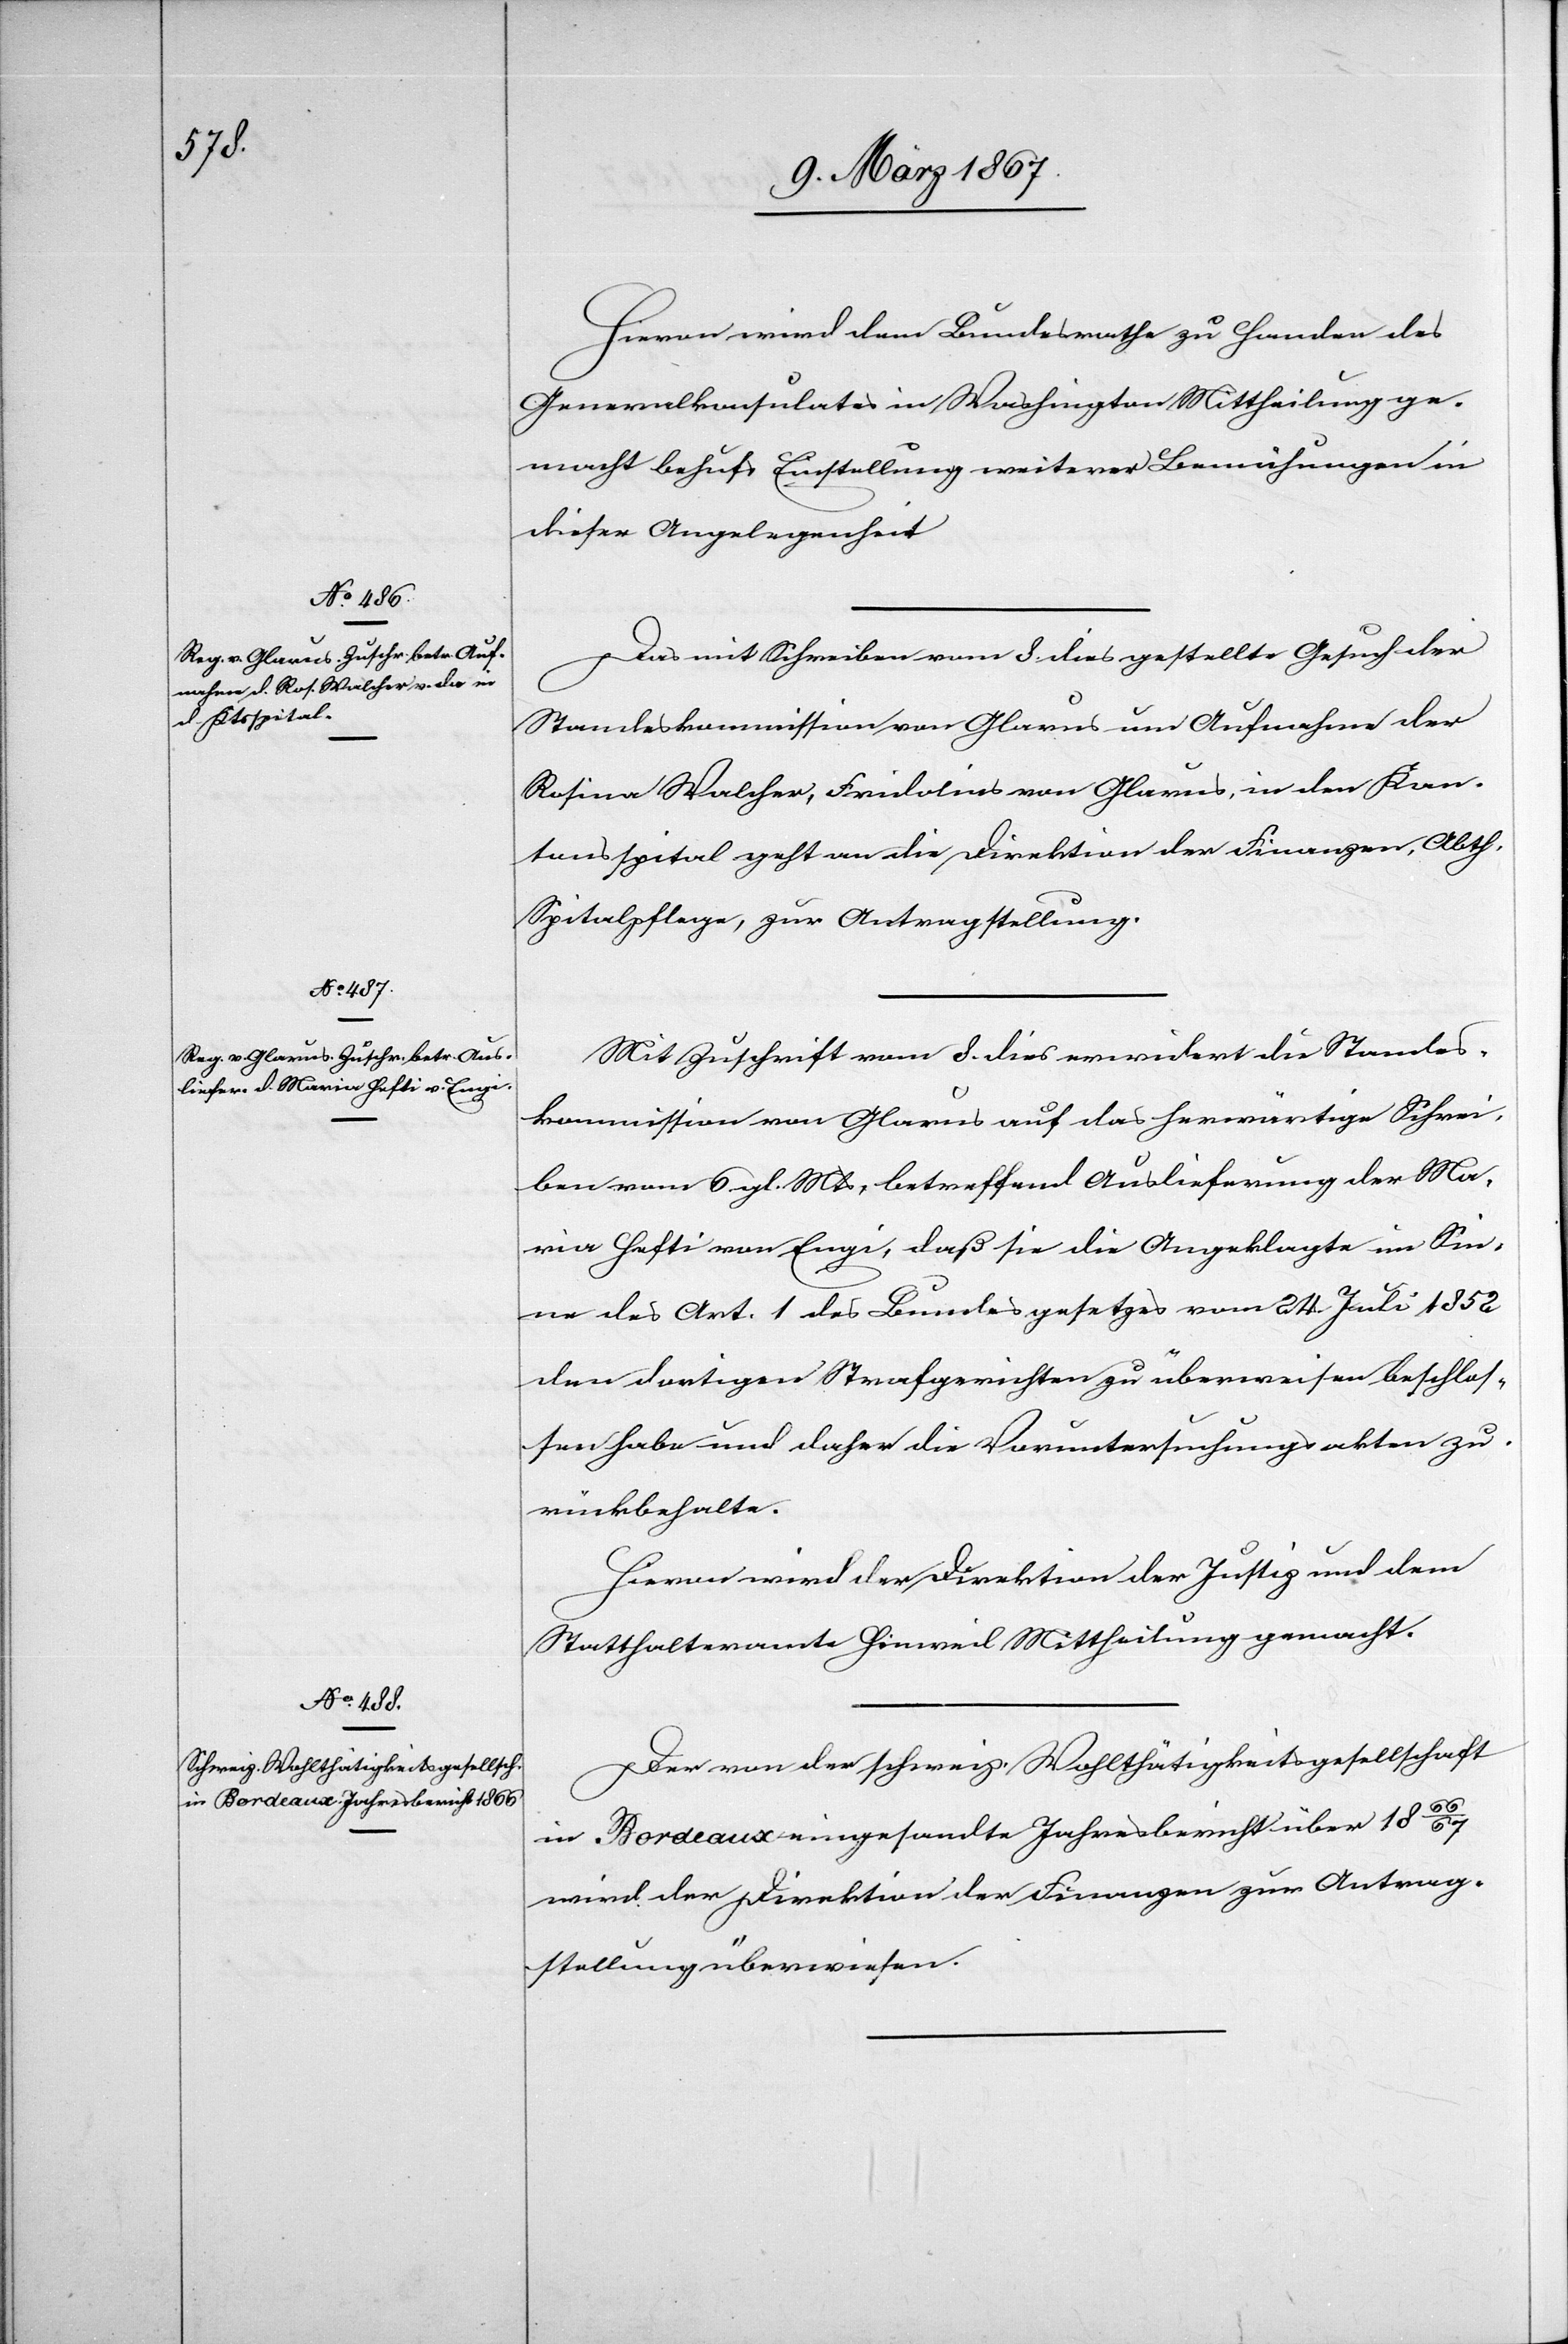
11. März 1867.]
Hievon wird dem Bundesrathe zu Handen des
Generalkonsulates in Washington Mittheilung ge¬
macht behufs Einstellung weiterer Bemühungen in
dieser Angelegenheit.
Das mit Schreiben vom 8. dies gestellte Gesuch der
Standeskommission von Glarus um Aufnahme der
Rosina Walcher, Fridolins von Glarus, in den Kan¬
tonsspital geht an die Direktion der Finanzen, Abth.
Spitalpflege, zur Antragstellung.
Mit Zuschrift vom 8. dies erwidert die Standes¬
kommission von Glarus auf das herwärtige Schrei¬
ben vom 6. gl. Mts, betreffend Auslieferung der Ma¬
ria Hefti von Engi, daß sie die Angeklagte im Sin¬
ne des Art. 1 des Bundesgesetzes vom 24. Juli 1852
den dortigen Strafgerichten zu überweisen beschlos¬
sen habe und daher die Voruntersuchungsakten zu¬
rückbehalte.
Hievon wird der Direktion der Justiz und dem
Statthalteramte Hinweil Mittheilung gemacht.
Der von der schweiz. Wohlthätigkeitsgesellschaft
in Bordeaux eingesandte Jahresbericht über 1866/67
wird der Direktion der Finanzen zur Antrag¬
stellung überwiesen.